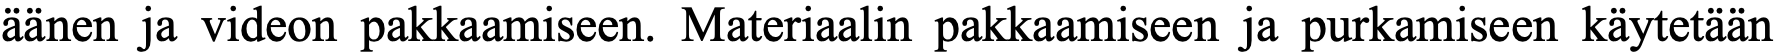
äänen ja videon pakkaamiseen. Materiaalin pakkaamiseen ja purkamiseen käytetään